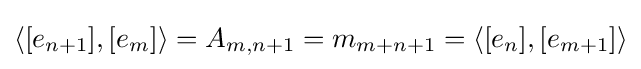
\langle [e_{n+1}],[e_{m}]\rangle =A_{m,n+1}=m_{m+n+1}=\langle [e_{n}],[e_{m+1}]\rangle